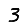
Digit: 3